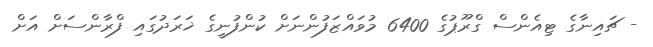
- ޗައިނާގެ ޓިއެންސް ގްރޫޕުގެ 6400 މުވައްޒަފުންނަށް ކުންފުނީގެ ޚަރަދުގައި ފްރާންސަށް އަަށް